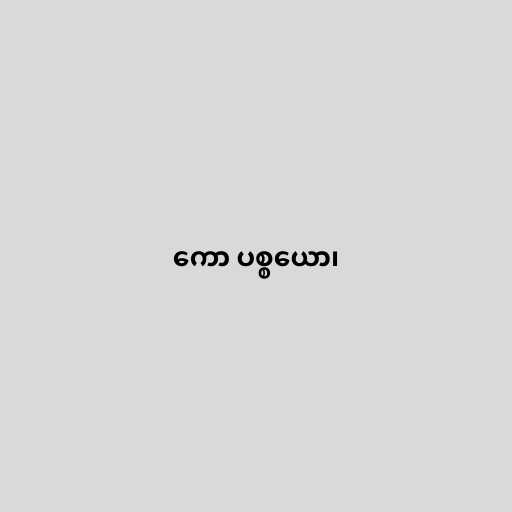
ကော ပစ္စယော၊